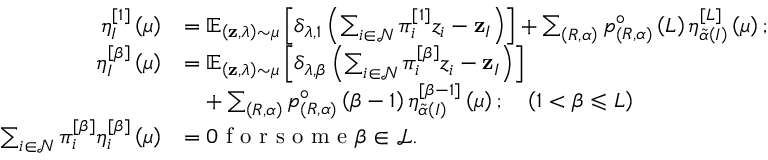
\begin{array} { r l } { \eta _ { I } ^ { \left[ 1 \right] } \left( \mu \right) } & { = \mathbb { E } _ { \left( \mathbf { z } , \lambda \right) \sim \mu } \left[ \delta _ { \lambda , 1 } \left( \sum _ { i \in \mathcal { N } } \pi _ { i } ^ { \left[ 1 \right] } z _ { i } - \mathbf { z } _ { I } \right) \right] + \sum _ { \left( R , \alpha \right) } p _ { \left( R , \alpha \right) } ^ { \circ } \left( L \right) \eta _ { \widetilde { \alpha } \left( I \right) } ^ { \left[ L \right] } \left( \mu \right) ; } \\ { \eta _ { I } ^ { \left[ \beta \right] } \left( \mu \right) } & { = \mathbb { E } _ { \left( \mathbf { z } , \lambda \right) \sim \mu } \left[ \delta _ { \lambda , \beta } \left( \sum _ { i \in \mathcal { N } } \pi _ { i } ^ { \left[ \beta \right] } z _ { i } - \mathbf { z } _ { I } \right) \right] } \\ & { \quad + \sum _ { \left( R , \alpha \right) } p _ { \left( R , \alpha \right) } ^ { \circ } \left( \beta - 1 \right) \eta _ { \widetilde { \alpha } \left( I \right) } ^ { \left[ \beta - 1 \right] } \left( \mu \right) ; \quad \left( 1 < \beta \leqslant L \right) } \\ { \sum _ { i \in \mathcal { N } } \pi _ { i } ^ { \left[ \beta \right] } \eta _ { i } ^ { \left[ \beta \right] } \left( \mu \right) } & { = 0 \textrm { f o r s o m e } \beta \in \mathcal { L } . } \end{array}